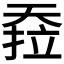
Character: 𰋪